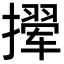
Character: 𫾉